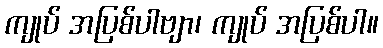
ကျုပ် အပြစ်ပါဗျာ၊ ကျုပ် အပြစ်ပါ။